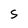
Character: S